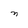
Character: n